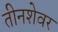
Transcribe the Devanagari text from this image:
तीनशेवर